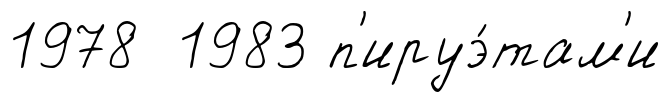
1978 1983 п'ируэ́там'и